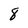
Character: 8